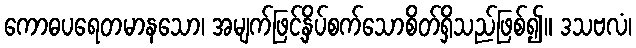
ကောဓပရေတမာနသော၊ အမျက်ဖြင့်နှိပ်စက်သောစိတ်ရှိသည်ဖြစ်၍။ ဒသဗလံ၊